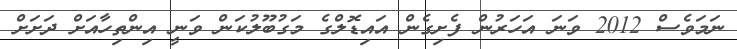
ނަމަވެސް 2012 ވަނަ އަހަރުން ފެށިގެން އައިޑޮލްގެ މަގުބޫލުކަން ވަނީ އިންތިހާއަށް ދަށަށް